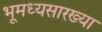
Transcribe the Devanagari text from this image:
भूमध्यसारख्या